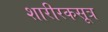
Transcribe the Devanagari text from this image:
शारीरकसूत्र